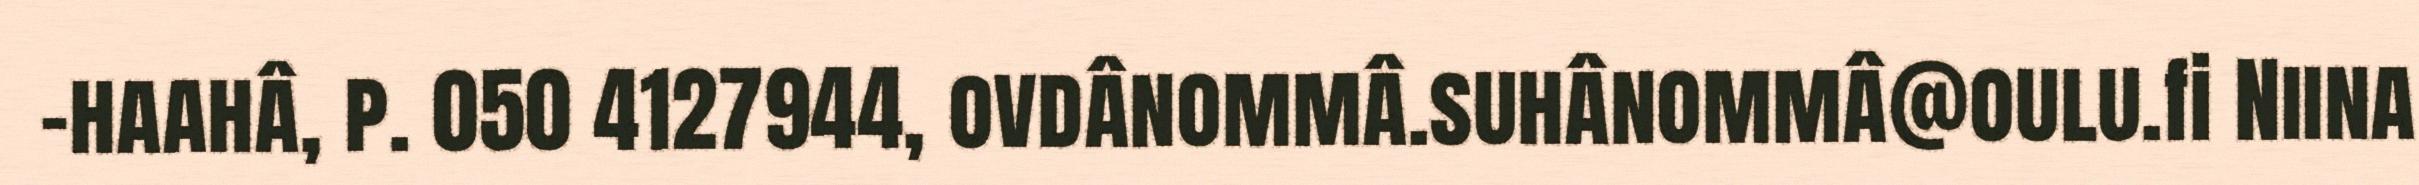
-haahâ, p. 050 4127944, ovdânommâ.suhânommâ@oulu.fi Niina